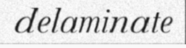
delaminate